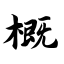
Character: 概